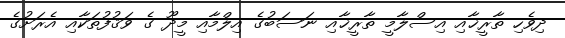
ދިވެހި ތާރީޚާއި އިސްލާމީ ތާރީޚާއި ނަސަބުގެ އިލްމާއި މީދޫ ގެ ވަޤުފުތަކާއި އެރަށުގެ